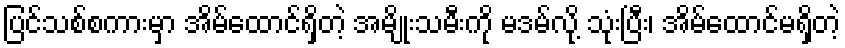
ပြင်သစ်စကားမှာ အိမ်ထောင်ရှိတဲ့ အမျိုးသမီးကို မဒမ်လို့ သုံးပြီး၊ အိမ်ထောင်မရှိတဲ့